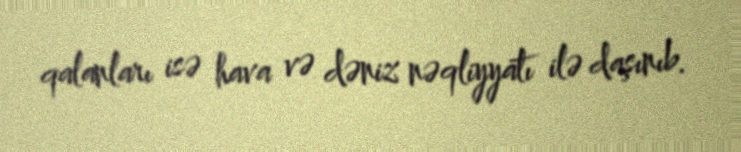
qalanları isə hava və dəniz nəqliyyatı ilə daşınıb.